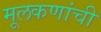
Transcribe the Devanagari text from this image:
मूलकणांची